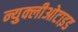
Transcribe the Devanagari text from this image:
न्युक्लीओटाइड